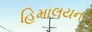
હિમાલયન